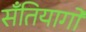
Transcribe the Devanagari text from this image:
सॅंतियागो